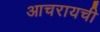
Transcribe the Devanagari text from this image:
आचरायची